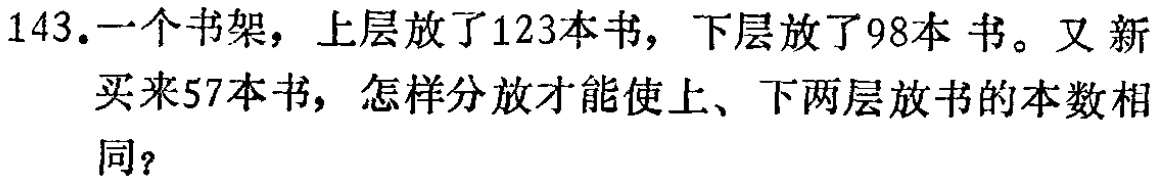
143.一个书架，上层放了123本书，下层放了98本 书。又新买来57本书，怎样分放才能使上、下两层放书的本数相同？